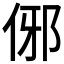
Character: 𬾈